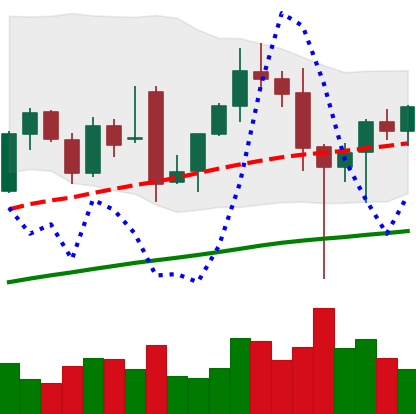
Ticker: ETH-USD
Chart end date: 2021-12-08
Forward return: -14.757%
Label: down_7plus